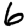
Digit: 6